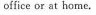
office or at home.